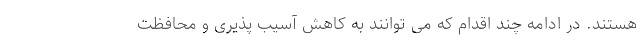
هستند. در ادامه چند اقدام که می توانند به کاهش آسیب پذیری و محافظت